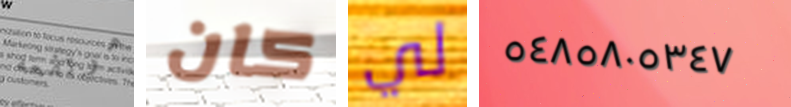
مرتفعه كان لي ٥٤٨٥٨٠٥٣٤٧